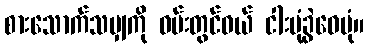
စားသောက်သမျှကို ဝမ်းတွင်ဝယ် ငါးပုံခွဲဝေပုံ။